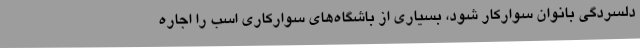
دلسردگی بانوان سوارکار شود، بسیاری از باشگاه‌های سوارکاری اسب را اجاره